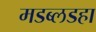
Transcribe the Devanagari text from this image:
मडब्लडहा